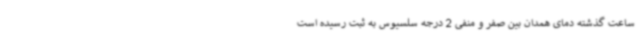
ساعت گذشته دمای همدان بین صفر و منفی 2 درجه سلسیوس به ثبت رسیده است